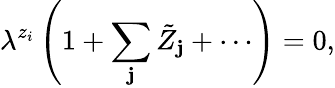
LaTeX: \lambda^{z_{i}}\left(1+\sum_{\mathbf{j}}\tilde{{Z}}_{\mathbf{j}}+\cdots\right)=0,